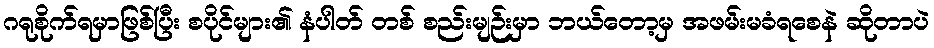
ဂရုစိုက်ရမှာဖြစ်ပြီး စပိုင်များ၏ နံပါတ် တစ် စည်းမျဉ်းမှာ ဘယ်တော့မှ အဖမ်းမခံရစေနဲ ဆိုတာပဲ